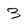
Character: 3